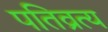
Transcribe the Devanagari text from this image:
पतिव्रत्य